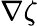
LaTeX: \nabla\zeta